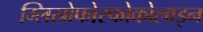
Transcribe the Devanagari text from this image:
ग्लिस्रोफोस्फोकोलाइन